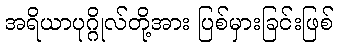
အရိယာပုဂ္ဂိုလ်တို့အား ပြစ်မှားခြင်းဖြစ်